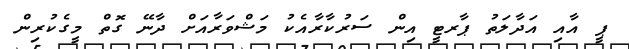
ޕީ އާއި އަދާލަތު ޕާރޓީ އިން ސަރުކާރާއެކު މަޝްވަރާއަށް ދާނޭ ގޮތް މީގެކުރިން